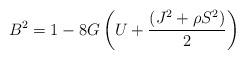
LaTeX: \begin{align*}B^2= 1-8G\left(U + \frac{(J^2 + \rho S^2)}{2}\right)\\\end{align*}